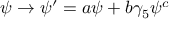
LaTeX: \psi \rightarrow \psi ^ { \prime } = a \psi + b \gamma _ { 5 } \psi ^ { c }